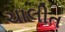
ચાલીત